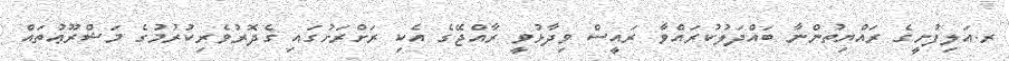
ރ.އަލިފުށީގެ ރައްޔިތުންނާ ބައްދަލުކުރައްވާ ރައީސް ވިދާޅުވީ ރާއްޖޭގެ އެކި ރަށްރަށުގައި ގެދޮރުވެރިކުރުމުގެ މަޝްރޫޢުތައް